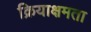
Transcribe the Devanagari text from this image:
क्रियाक्षमता